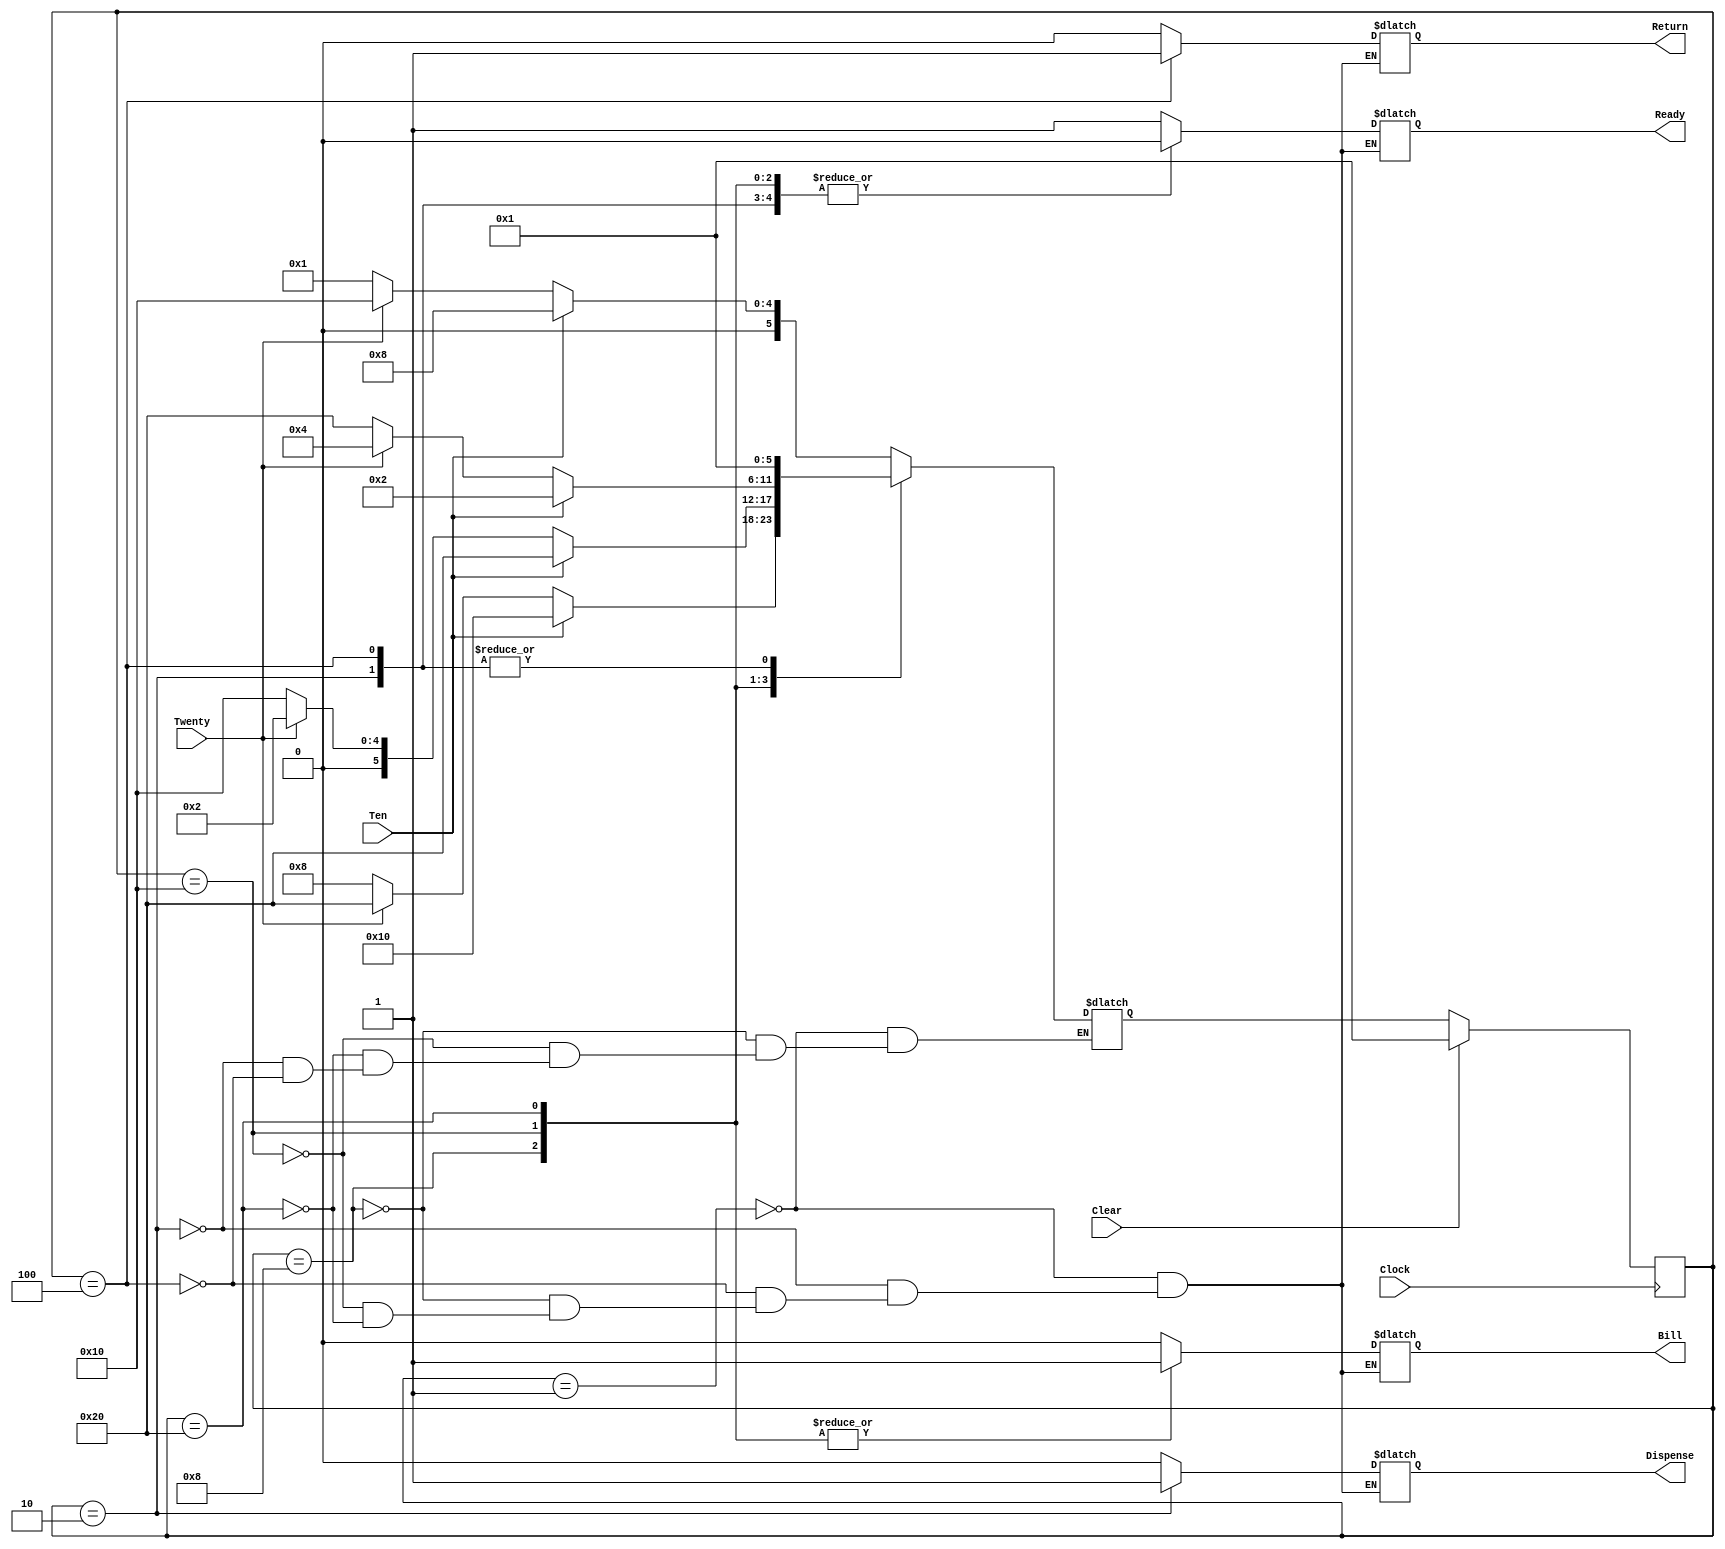
//
// Ticket Machine 
// Jenner Hanni
//
// Implements a Moore finite state machine in Verilog
//
// This file handles encoding and behavior of a finite state machine to control
// a mass transit ticketing machine. A One Week Travel ticket costs $40. The 
// machine accepts only $20 and $10 bills and will return all bills if more than
// $40 is placed in the machine. The machine does not make change. 
//
// The four states:  
//         READY (LED on to indicate bills will be accepted)
// 		     DISPENSE (dispenses a ticket once $40 received)
//		     RETURN (return all bills if more than $40 received)
//		     BILL (turns on LED to indicate an incomplete transaction)
// 
// In the original project description, there is no RESET or CLEAR input.
//

module TicketMachine(Clock, Clear, Ten, Twenty, Ready, Dispense, Return, Bill);
input Clock, Clear, Ten, Twenty;
output Ready, Dispense, Return, Bill;
reg Ready, Dispense, Return, Bill;

parameter ON  = 1'b1;
parameter OFF = 1'b0;

// define states using same names and state assignments as state diagram and table
// Using one-hot method, we have one bit per state

parameter // states
	RDY    = 6'b000001,
	DISP   = 6'b000010,
	RTN    = 6'b000100,
	BILL10 = 6'b001000,
	BILL20 = 6'b010000,
	BILL30 = 6'b100000;

reg [5:0] State, NextState;

//
// Update state or reset on every + clock edge
// We have no clear
//

always @(posedge Clock)
begin 
 if (Clear)
 	State <= RDY;
 else
	State <= NextState;
end

//
// Outputs depend only upon state (Moore machine)
//

always @(State)
begin
case (State)
	RDY:	begin
		Ready    = ON;
		Bill     = OFF;
		Dispense = OFF;
		Return   = OFF;
		end

	DISP:	begin
		Ready    = OFF;
		Bill     = OFF;
		Dispense = ON;
		Return   = OFF;
		end

	RTN:	begin
		Ready    = OFF;
		Bill     = OFF;
		Dispense = OFF;
		Return   = ON;
		end

	BILL10:	begin
		Ready    = OFF;
		Bill     = ON;
		Dispense = OFF;
		Return   = OFF;
		end

	BILL20:	begin
		Ready    = OFF;
		Bill     = ON;
		Dispense = OFF;
		Return   = OFF;
		end

	BILL30:	begin
		Ready    = OFF;
		Bill     = ON;
		Dispense = OFF;
		Return   = OFF;
		end

endcase
end

//
// Next state generation logic
//

always @(State or Ten or Twenty)
begin
case (State)
	RDY:	begin
		if (Ten)
			NextState = BILL10;
		else if (Twenty)
			NextState = BILL20;
		else
			NextState = RDY;
		end

	BILL10:	begin
		if (Ten)
			NextState = BILL20;
		else if (Twenty)
			NextState = BILL30;
		else
			NextState = BILL10;
		end

	BILL20:	begin
		if (Ten)
			NextState = BILL30;
		else if (Twenty)
			NextState = DISP;
		else
			NextState = BILL20;
		end

	BILL30:	begin
		if (Ten)
			NextState = DISP;
		else if (Twenty)
			NextState = RTN;
		else
			NextState = BILL30;
		end

	DISP:	begin
			NextState = RDY;
		end

	RTN:	begin
			NextState = RDY;
		end

endcase
end


endmodule